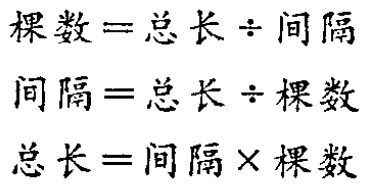
\[

\begin{align*}

棵数&=总长\div间隔\\

间隔&=总长\div棵数\\

总长&=间隔\times棵数

\end{align*}

\]